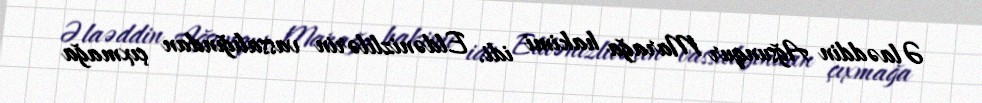
Əlaəddin Ağsunqur Marağa hakimi idi. Eldənizlilərin vassalığından çıxmağa